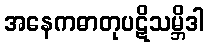
အနေကဓာတုပဋိသမ္ဘိဒါ